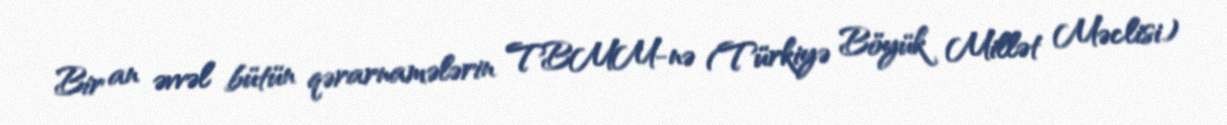
Bir an əvvəl bütün qərarnamələrin TBMM-nə (Türkiyə Böyük Millət Məclisi)